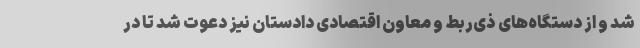
شد و از دستگاه‌های ذی‌ربط و معاون اقتصادی دادستان نیز دعوت شد تا در